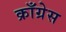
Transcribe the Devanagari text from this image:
क्राँग्रेस